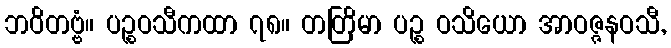
ဘဝိတဗ္ဗံ။ ပဉ္စဝသီကထာ ၇၈။ တတြိမာ ပဉ္စ ဝသိယော အာဝဇ္ဇနဝသီ,